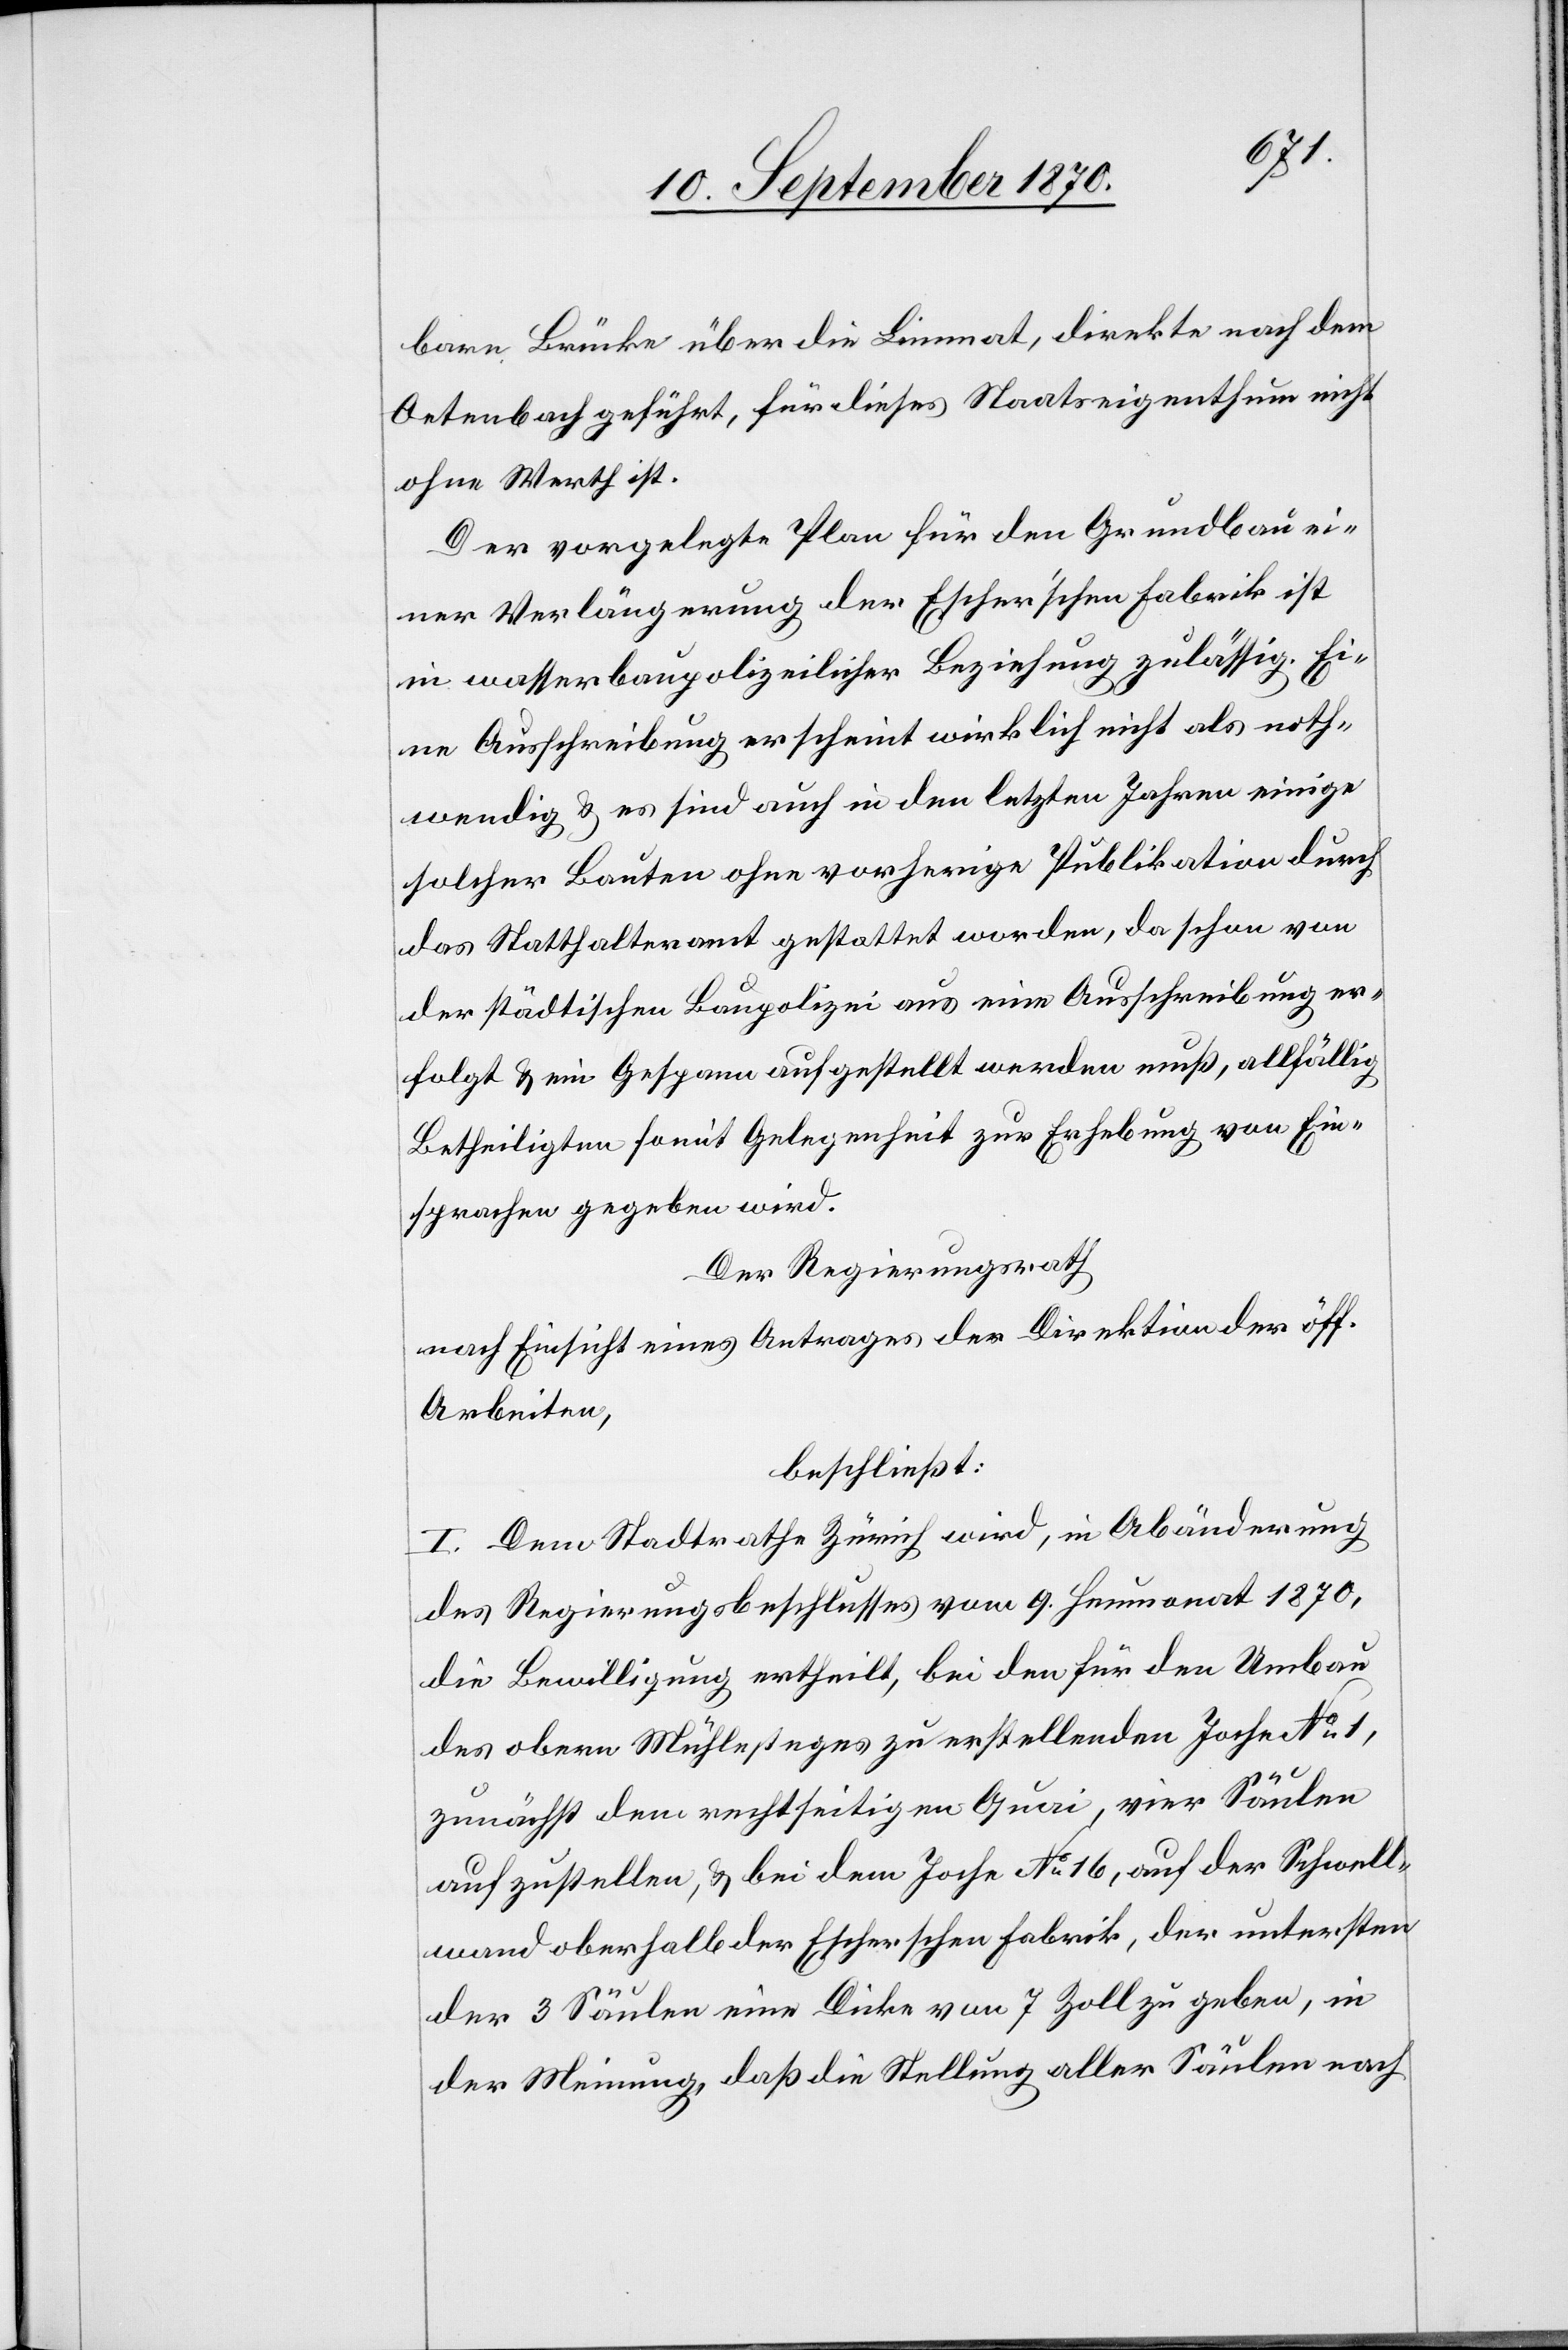
bare Brücke über die Limmat, direkte nach dem
Oetenbach geführt, für dieses Staatseigenthum nicht
ohne Werth ist.
Der vorgelegte Plan für den Grundbau ei¬
ner Verlängerung der Escher’schen Fabrik ist
in wasserbaupolizeilicher Beziehung zulässig. Ei¬
ne Ausschreibung erscheint wirklich nicht als noth¬
wendig & es sind auch in den letzten Jahren einige
solcher Bauten ohne vorherige Publikation durch
das Statthalteramt gestattet worden, da schon von
der städtischen Baupolizei aus eine Ausschreibung er¬
folgt & ein Gespann aufgestellt werden muß, allfällig
Betheiligten somit Gelegenheit zu Erhebung von Ein¬
sprachen gegeben wird.
Der Regierungsrath
nach Einsicht eines Antrages der Direktion der öff.
Arbeiten,
beschließt:
I. Dem Stadtrathe Zürich wird, in Abänderung
des Regierungsbeschlusses vom 9. Heumonat 1870,
die Bewilligung ertheilt, bei den für den Umbau
des obern Mühlesteges zu erstellenden Joche No 1,
zunächst dem rechtseitigen Quai, vier Säulen
aufzustellen, & bei den Joche No 16, auf der Schwell¬
wand oberhalb der Escherschen Fabrik, der untersten
der 3 Säulen eine Dicke von 7 Zoll zu geben, in
der Meinung, daß die Stellung aller Säulen nach